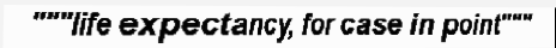
"""life expectancy, for case in point"""